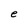
Character: e